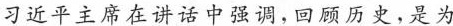
习近平主席在讲话中强调，回顾历史，是为